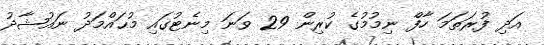
އަދި ފުރަތަމަ ހާފް ނިމުމުގެ ކުރިން 29 ވަނަ މިނެޓުގައި މުޙައްމަދު ނައުޝާދު